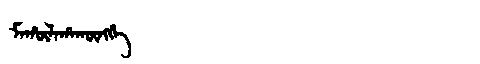
Manchu: ᠮᠠᡥᡡᠯᠠᡥᠠᡴᡡᠩᡤᡝ
Romanization: MAHŪLAHAKŪNGGE